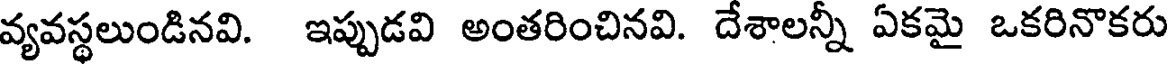
వ్యవస్థలుండినవి. ఇప్పుడవి అంతరించినవి. దేశాలన్నీ ఏకమై ఒకరినొకరు